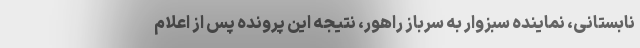
نابستانی، نماینده سبزوار به سرباز راهور، نتیجه این پرونده پس از اعلام